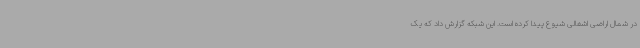
در شمال اراضی اشغالی شیوع پیدا کرده است. این شبکه گزارش داد که یک